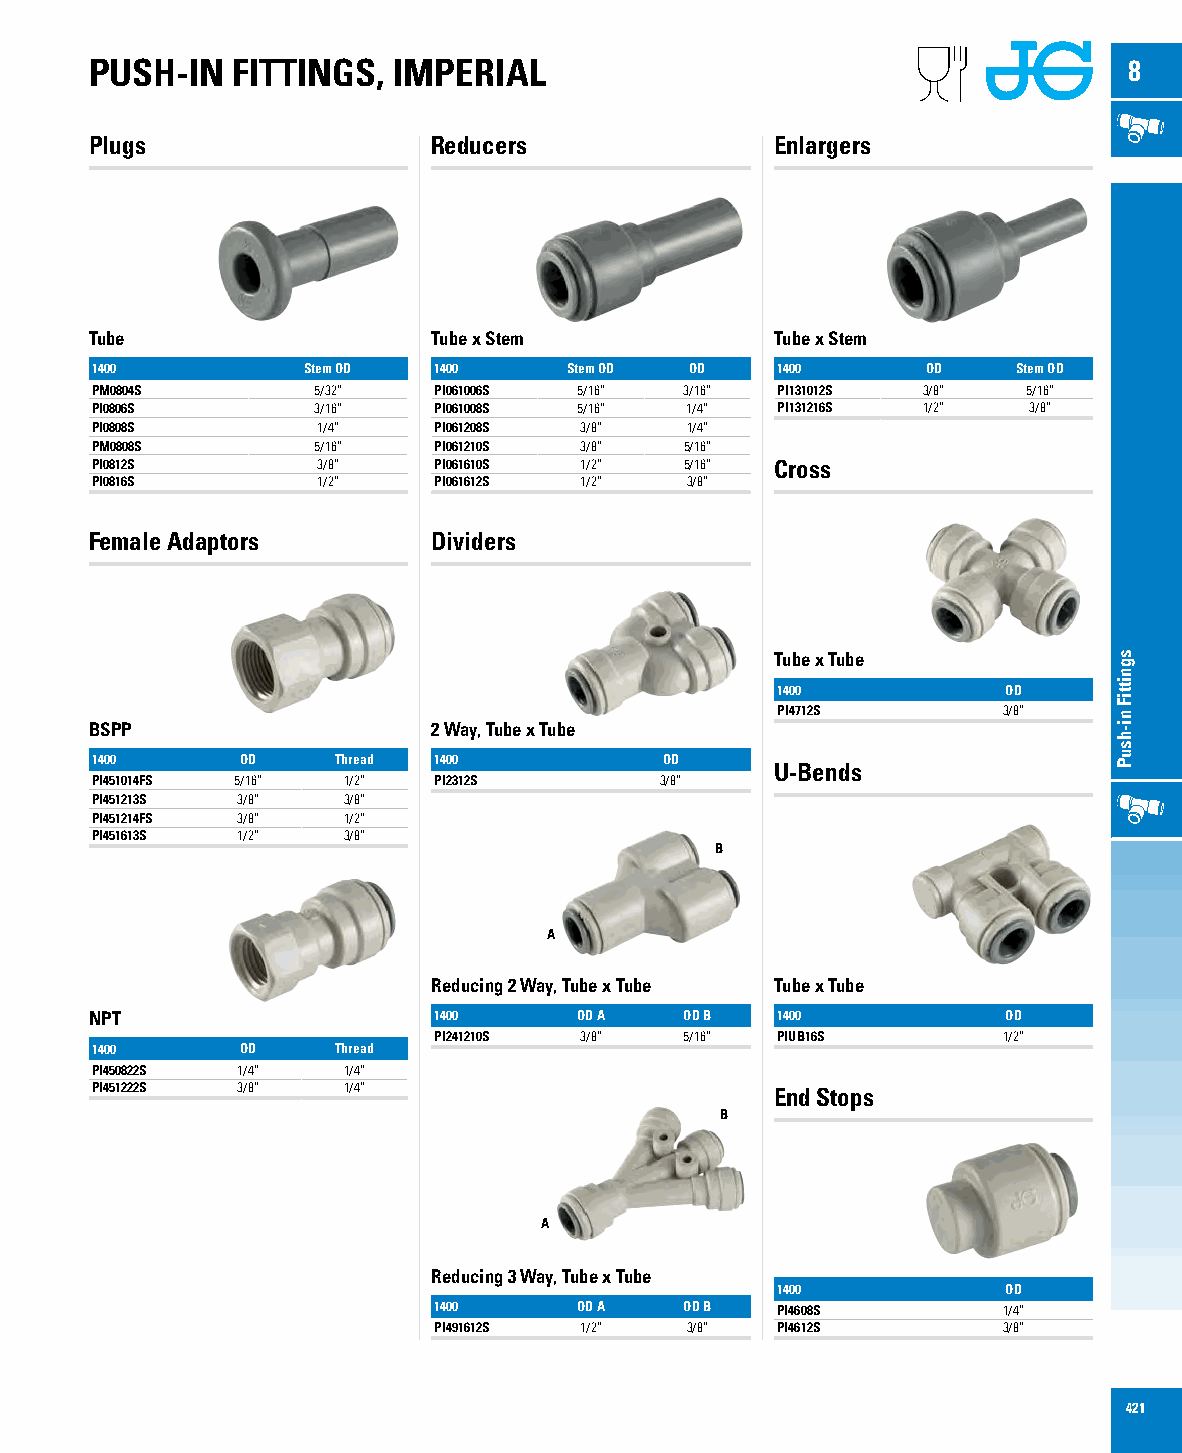
PUSH-IN  FITTINGS,  IMPERIAL                                         8
 Plugs                  Reducers              Enlargers
 Tube                   Tube x Stem           Tube x Stem
 1400          Stem OD  1400     Stem OD OD   1400      OD    Stem OD
 PM0804S        5/32”   PI061006S 5/16” 3/16” PI131012S 3/8”   5/16”
 PI0806S        3/16”   PI061008S 5/16” 1/4”  PI131216S 1/2”   3/8”
 PI0808S        1/4”    PI061208S 3/8”  1/4”
 PM0808S        5/16”   PI061210S 3/8”  5/16”
 PI0812S        3/8”    PI061610S 1/2”  5/16” Cross
 PI0816S        1/2”    PI061612S 1/2”  3/8”
 Female Adaptors        Dividers
 Tube x Tube
 1400            OD
 PI4712S        3/8”
 BSPP                   2 Way, Tube x Tube
 1400      OD    Thread 1400           OD
 U-Bends
 PI451014FS 5/16” 1/2”  PI2312S        3/8”
 PI451213S 3/8”   3/8”
 PI451214FS 3/8”  1/2”
 PI451613S 1/2”   3/8”
 B
 A
 Reducing 2 Way, Tube x Tube Tube x Tube
 NPT                    1400     OD A   OD B  1400            OD
 PI241210S 3/8”  5/16” PIUB16S        1/2”
 1400      OD    Thread
 PI450822S 1/4”   1/4”
 PI451222S 3/8”   1/4”                        End Stops
 B
 A
 Reducing 3 Way, Tube x Tube
 1400            OD
 1400     OD A   OD B  PI4608S        1/4”
 PI491612S 1/2”  3/8”  PI4612S        3/8”
 421
 sgnittiF
 ni-hsuP